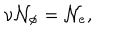
LaTeX: \mathrm { \ n u } \mathcal { N } _ { \phi } = \mathcal { N } _ { e } ,